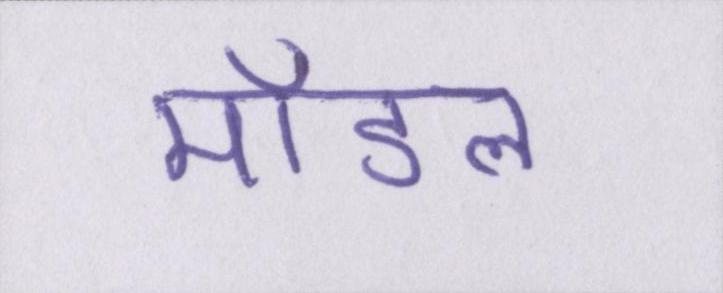
मॉडल